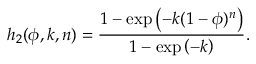
h _ { 2 } ( \phi , k , n ) = \frac { 1 - \exp { \left( - k ( 1 - \phi ) ^ { n } \right) } } { 1 - \exp { \left( - k \right) } } .